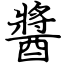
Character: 醬